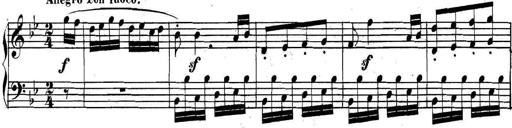
Title: Collected Piano Sonatas
Composer: Muzio Clementi